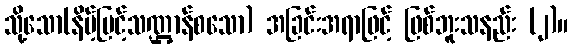
သို့သော(နိမ့်မြင့်သဏ္ဌာန်စသော) အခြင်းအရာဖြင့် ဖြစ်ဘူးသနည်း (၂)။